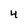
Character: 4